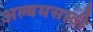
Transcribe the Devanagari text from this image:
अल्बमसाठी